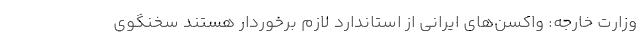
وزارت خارجه: واکسن‌های ایرانی از استاندارد لازم برخوردار هستند سخنگوی